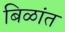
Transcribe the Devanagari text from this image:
बिळांत